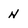
Character: N